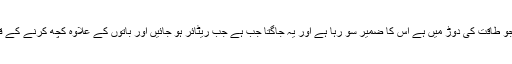
ہر وہ آدمی جو طاقت کی دوڑ میں ہے اس کا ضمیر سو رہا ہے اور یہ جاگتا جب ہے جب ریٹائر ہو جائیں اور باتوں کے علاوہ کچھ کرنے کے قابل نہ رہیں۔